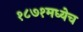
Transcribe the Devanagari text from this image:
१८७१मध्येच